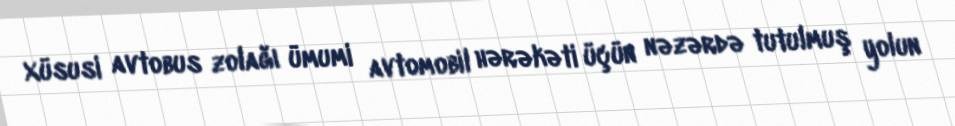
Xüsusi avtobus zolağı ümumi avtomobil hərəkəti üçün nəzərdə tutulmuş yolun